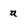
Character: a